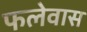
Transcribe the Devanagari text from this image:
फलेवास